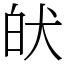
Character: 𤝡